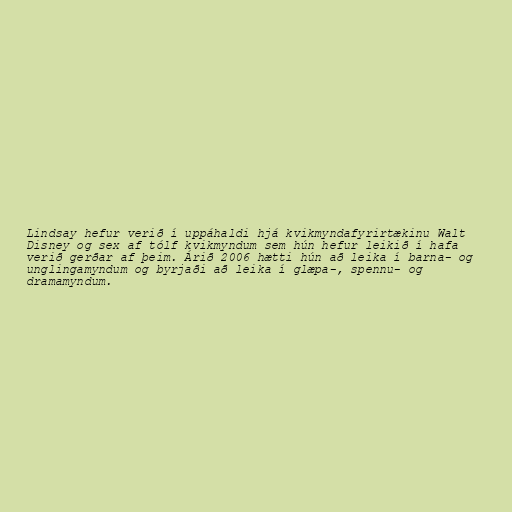
Lindsay hefur verið í uppáhaldi hjá kvikmyndafyrirtækinu Walt
Disney og sex af tólf kvikmyndum sem hún hefur leikið í hafa
verið gerðar af þeim. Árið 2006 hætti hún að leika í barna- og
unglingamyndum og byrjaði að leika í glæpa-, spennu- og
dramamyndum.